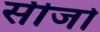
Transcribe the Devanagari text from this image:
सीजो